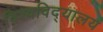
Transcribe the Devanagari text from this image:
विश्‍वविद्‍यालय